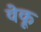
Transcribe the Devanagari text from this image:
वेकू